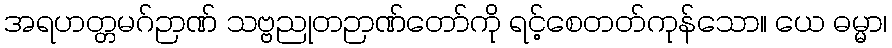
အရဟတ္တမဂ်ဉာဏ် သဗ္ဗညုတဉာဏ်တော်ကို ရင့်စေတတ်ကုန်သော။ ယေ ဓမ္မာ၊